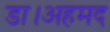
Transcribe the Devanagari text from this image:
डा।अहमद